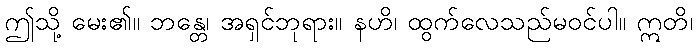
ဤသို့ မေး၏။ ဘန္တေ၊ အရှင်ဘုရား။ နဟိ၊ ထွက်လေသည်မဝင်ပါ။ ဣတိ၊